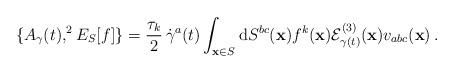
LaTeX: \begin{align*}\{A_\gamma(t),^2 E_S[f]\}=\frac{\tau_k}{2}\,\dot{\gamma}^a(t)\int_{\mathbf{x} \in S}\mathrm{d} S^{bc}(\mathbf{x})f^k(\mathbf{x})\mathcal{E}^{(3)}_{\gamma(t)}(\mathbf{x})v_{abc}(\mathbf{x})\,.\end{align*}